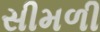
સીમળી